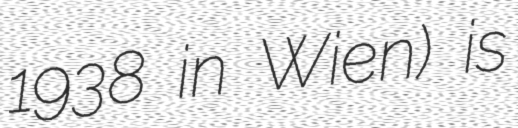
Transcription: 1938 in Wien) is